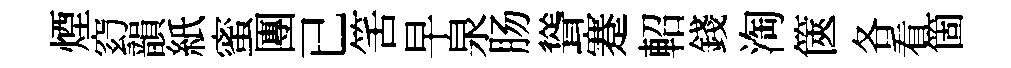
煙𥥆韻紙蜜團已筈早泉肠聳蹇軺錢淘篋各看箇